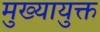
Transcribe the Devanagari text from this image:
मुख्यायुक्त